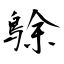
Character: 鵌